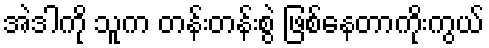
အဲဒါကို သူက တန်းတန်းစွဲ ဖြစ်နေတာကိုးကွယ်